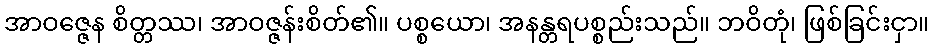
အာဝဇ္ဇေန စိတ္တဿ၊ အာဝဇ္ဇန်းစိတ်၏။ ပစ္စယော၊ အနန္တရပစ္စည်းသည်။ ဘဝိတုံ၊ ဖြစ်ခြင်းငှာ။